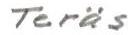
Teräs